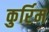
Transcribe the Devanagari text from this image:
कुर्रिम